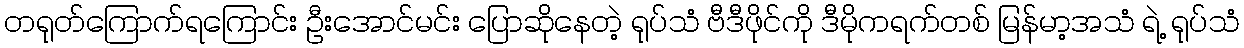
တရုတ်ကြောက်ရကြောင်း ဦးအောင်မင်း ပြောဆိုနေတဲ့ ရုပ်သံ ဗီဒီဖိုင်ကို ဒီမိုကရက်တစ် မြန်မာ့အသံ ရဲ့ ရုပ်သံ